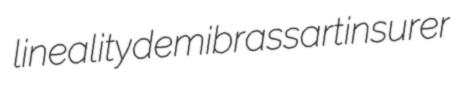
lineality demibrassart insurer